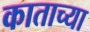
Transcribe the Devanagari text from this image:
काताच्या